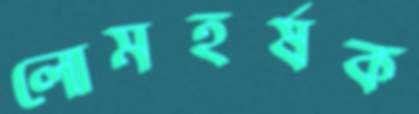
লোমহর্ষক